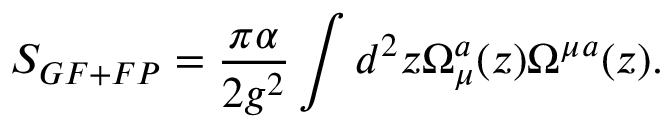
S _ { G F + F P } = { \frac { \pi \alpha } { 2 g ^ { 2 } } } \int d ^ { 2 } z \Omega _ { \mu } ^ { a } ( z ) \Omega ^ { \mu } { } ^ { a } ( z ) .